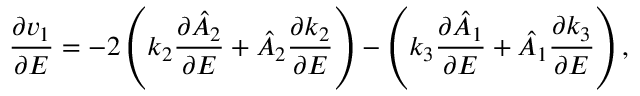
\frac { \partial v _ { 1 } } { \partial E } = - 2 \left( k _ { 2 } \frac { \partial \hat { A } _ { 2 } } { \partial E } + \hat { A } _ { 2 } \frac { \partial k _ { 2 } } { \partial E } \right) - \left( k _ { 3 } \frac { \partial \hat { A } _ { 1 } } { \partial E } + \hat { A } _ { 1 } \frac { \partial k _ { 3 } } { \partial E } \right) ,